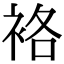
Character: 袼